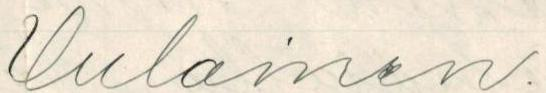
Uulainen.